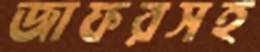
জাফরসহ